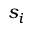
s _ { i }